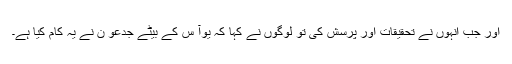
اور جب اُنہوں نے تحقِیقات اور پُرسِش کی تو لوگوں نے کہا کہ یُوآ س کے بیٹے جِدعو ن نے یہ کام کِیا ہے۔